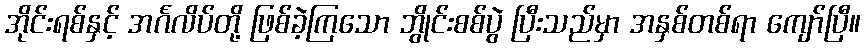
အိုင်းရစ်နှင့် အင်္ဂလိပ်တို့ ဖြစ်ခဲ့ကြသော ဘွိုင်းစစ်ပွဲ ပြီးသည်မှာ အနှစ်တစ်ရာ ကျော်ပြီ။